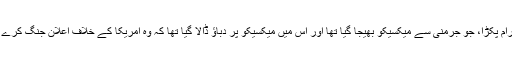
اسی سال جنوری میں امریکا نے ایک ٹیلی گرام پکڑا، جو جرمنی سے میکسیکو بھیجا گیا تھا اور اس میں میکسیکو پر دباؤ ڈالا گیا تھا کہ وہ امریکا کے خلاف اعلانِ جنگ کرے، یوں امریکا بھی اس تنازع میں داخل ہو گیا۔